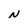
Character: N